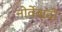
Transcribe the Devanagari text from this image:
नोर्वेवादी